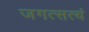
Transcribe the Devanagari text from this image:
जगत्सत्यं